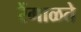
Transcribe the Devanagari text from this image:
रेंगाळते